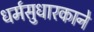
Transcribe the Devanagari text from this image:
धर्मसुधारकाने